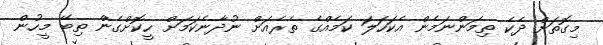
މިގޮތަށް ދެކެ ތިމަންނަމެން އެކަހަލަ ކަމެއްގެ ތެރެއަށް ނުދާނެކަމަށް ހީކޮށްގެން ތިބޭ މީހުން